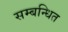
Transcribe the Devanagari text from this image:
सम्‍बन्‍धित